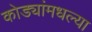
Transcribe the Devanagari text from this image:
कोड्यांमधल्या